Annual administration report of the Bombay Presidency - 1887-1892
Year: 1887
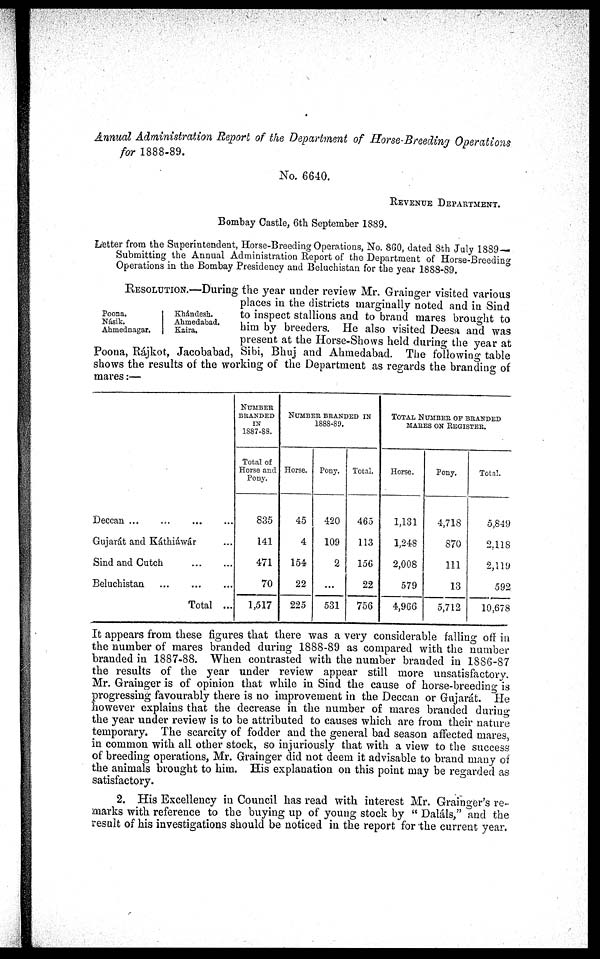
Annual Administration Report of the Department of Horse-Breeding Operations
for 1888-89.
No. 6640.
REVENUE DEPARTMENT.
Bombay Castle, 6th September 1889.
Letter from the Superintendent, Horse-Breeding Operations, No. 860, dated 8th July 1889—
Submitting the Annual Administration Report of the Department of Horse-Breeding
Operations in the Bombay Presidency and Beluchistan for the year
1888-89.
Poona.
Násik.
Ahmednagar.
Khándesh.
Ahmedabad.
Kaira.
RESOLUTION.—During the year under review Mr. Grainger visited various
places in the districts marginally noted and in Sind
to inspect stallions and to brand mares brought to
him by breeders. He also visited Deesa and was
present at the Horse-Shows held during the year at
Poona, Rájkot, Jacobabad, Sibi, Bhuj and Ahmedabad. The following table
shows the results of the working of the Department as regards the branding of
mares:—
Deccan ... ... ... ...
Gujarát and Káthiáwár ...
Sind and Cutch
...
...
Beluchistan
...
...
...
Total ...
NUMBER
BRANDED
IN
1887-88.
Total of
Horse and
Pony.
835
141
471
70
1,517
NUMBER BRANDED IN
1888-89.
Horse.
45
4
154
22
225
Pony.
420
109
2
...
531
Total.
465
113
156
22
756
TOTAL NUMBER OF BRANDED
MARES
ON
REGISTER.
Horse.
1,131
1,248
2,008
579
4,966
Pony.
4,718
870
111
13
5,712
Total.
5,849
2,118
2,119
592
10,678
It appears from these figures that there was a very considerable falling off in
the number of mares branded during 1888-89 as compared with the number
branded in 1887-88. When contrasted with the number branded in 1886-87
the results of the year under review appear still more unsatisfactory.
Mr. Grainger is of opinion that while in Sind the cause of horse-breeding is
progressing favourably there is no improvement in the Deccan or Gujarát. He
however explains that the decrease in the number of mares branded during
the year under review is to be attributed to causes which are from their nature
temporary. The scarcity of fodder and the general bad season affected mares,
in common with all other stock, so injuriously that with a view to the success
of breeding operations, Mr. Grainger did not deem it advisable to brand many of
the animals brought to him. His explanation on this point may be regarded as
satisfactory.
2. His Excellency in Council has read with interest Mr. Grainger's re¬
marks with reference to the buying up of young stock by " Daláls," and the
result of his investigations should be noticed in the report for the current year.